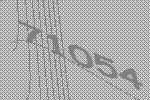
71054